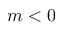
m < 0